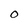
Character: O